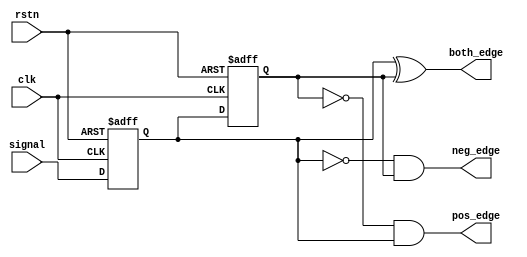
module edge_det(
    input clk            ,
    input rstn           ,
    input signal         ,
    output pos_edge,neg_edge,both_edge
);
 
reg reg1,reg2;
 
always @(posedge clk or negedge rstn)begin
    if(!rstn)begin
        reg1 <= 1'b0;
        reg2 <= 1'b0;
    end
    else begin
        reg1 <= signal;
        reg2 <= reg1;
    end
end
 
assign pos_edge = (~reg2) & reg1;//
assign neg_edge = (~reg1) & reg2;//
assign both_edge = reg1 ^reg2;//
endmodule